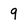
Character: 9